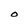
Character: O